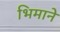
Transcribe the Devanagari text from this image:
भिमानेे